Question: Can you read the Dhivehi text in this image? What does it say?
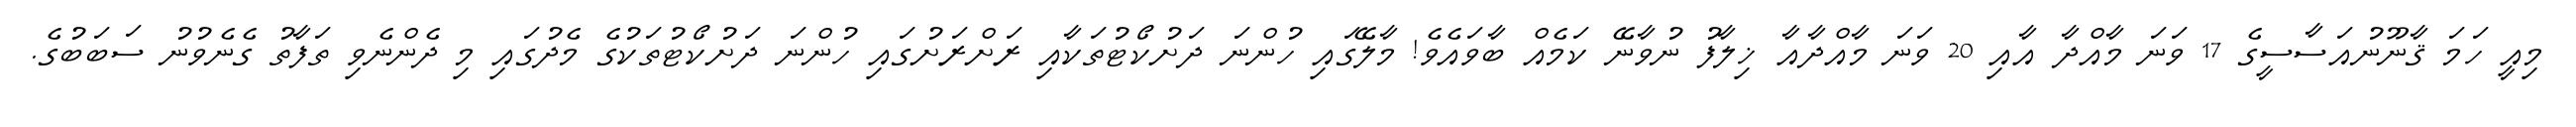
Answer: މިއީ ހަމަ ޤާނޫނުއަސާސީގެ 17 ވަނަ މާއްދާ އާއި 20 ވަނަ މާއްދާއާ ޚިލާފު ނުވާނޭ ކަމެއް ބާވައެވެ! މާލޭގައި ހުންނަ ދަށުކޯޓުތަކާއި ރަށްރަށުގައި ހުންނަ ދަށުކޯޓުތަކުގެ މެދުގައި މި ދެންނެވި ތަފާތު ގެނެވުނު ސަބަބުގެ.